Triennial report on the lunatic asylums in the province of Eastern Bengal and Assam - 1903-1911
Year: 1903
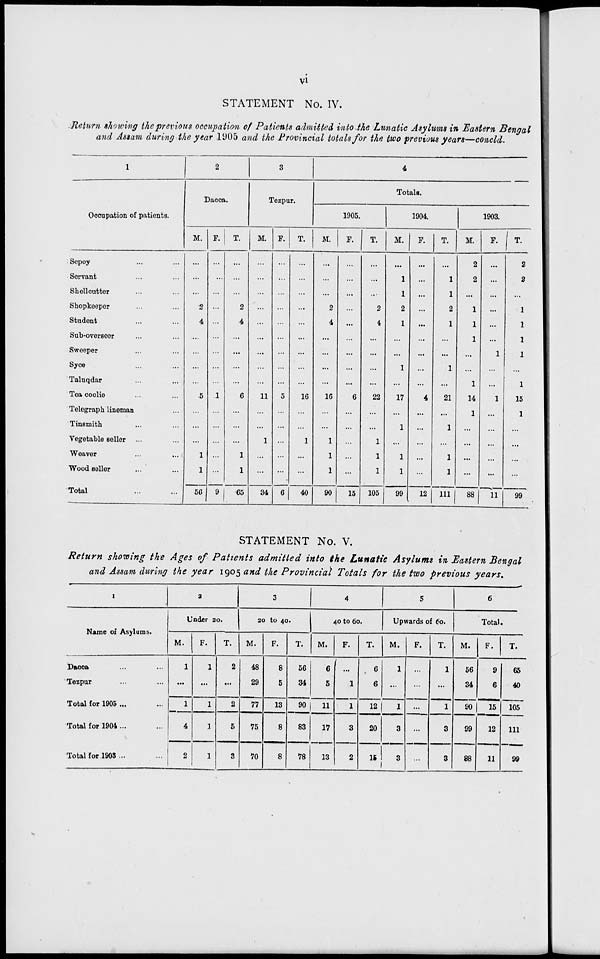
vi
STATEMENT No. IV.
Return showing the previous occupation of Patients admitted into the Lunatic Asylums in Eastern Bengal
and Assam during the year 1905 and the Provincial totals for the two previous years—concld.
1
Occupation of patients.
Sepoy ... ...
Servant ... ...
Shellcutter ... ...
Shopkeeper ... ...
Student ... ...
Sub-overseer ... ...
Sweeper ... ...
Syce ... ...
Taluqdar ... ...
Tea coolie ... ...
Telegraph lineman ...
Tinsmith ... ...
Vegetable seller ... ...
Weaver ... ...
Wood seller ... ...
Total ... ...
2
Dacca.
M.
...
...
...
2
4
...
...
...
...
5
...
...
...
1
1
56
F.
...
...
...
...
...
...
...
...
...
1
...
...
...
...
...
9
T.
...
...
...
2
4
...
...
...
...
6
...
...
...
1
1
65
3
Tezpur.
M.
...
...
...
...
...
...
...
...
...
11
...
...
1
...
...
34
F.
...
...
...
...
...
...
...
...
...
5
...
...
...
...
...
6
T.
...
...
...
...
...
...
...
...
...
16
...
...
1
...
...
40
4
Totals.
1905.
M.
...
...
...
2
4
...
...
...
...
16
...
...
1
1
1
90
F.
...
...
...
...
...
...
...
...
...
6
...
...
...
...
...
15
T.
...
...
...
2
4
...
...
...
...
22
...
...
1
1
1
105
1904.
M.
...
1
1
2
1
...
...
1
...
17
...
1
...
1
1
99
F.
...
...
...
...
...
...
...
...
...
4
...
...
...
...
...
12
T.
...
1
1
2
1
...
...
1
...
21
...
1
...
1
1
111
1903.
M.
2
2
...
1
1
1
...
...
1
14
1
...
...
...
...
88
F.
...
...
...
...
...
...
1
...
...
1
...
...
...
...
...
11
T.
2
2
...
1
1
1
1
...
1
15
1
...
...
...
...
99
STATEMENT No. V.
Return showing the Ages of Patients admitted into the Lunatic Asylums in Eastern Bengal
and Assam during the year 1905 and the Provincial Totals for the two previous years.
1
Name of Asylums.
Dacca ... ...
Tezpur ... ...
Total for 1905 ... ...
Total for 1904 ... ...
Total for 1903 ... ...
2
Under 20.
M.
1
...
1
4
2
F.
1
...
1
1
1
T.
2
...
2
5
3
3
20 to 40.
M.
48
29
77
75
70
F.
8
5
13
8
8
T.
56
34
90
83
78
4
40 to 60.
M.
6
5
11
17
13
F.
...
1
1
3
2
T.
6
6
12
20
15
5
Upwards of 60.
M.
1
...
1
3
3
F.
...
...
...
...
...
T.
1
...
1
3
3
6
Total.
M.
56
34
90
99
88
F.
9
6
15
12
11
T.
65
40
105
111
99